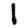
Digit: 1